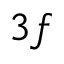
3 f